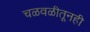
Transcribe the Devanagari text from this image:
चळवळीतूनही